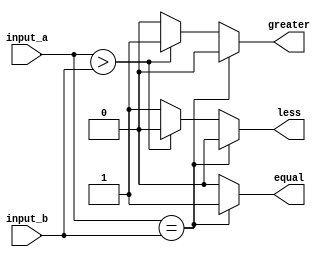
module parameterized_comparator #(
    parameter N = 8  // Default width is 8 bits
)(
    input  [N-1:0] input_a,  // N-bit input A
    input  [N-1:0] input_b,  // N-bit input B
    output reg equal,         // Output signal for equality
    output reg greater,       // Output signal for greater than
    output reg less           // Output signal for less than
);

always @* begin
    // Default values
    equal = 1'b0;
    greater = 1'b0;
    less = 1'b0;

    // Compare the inputs
    if (input_a == input_b) begin
        equal = 1'b1;
    end else if (input_a > input_b) begin
        greater = 1'b1;
    end else begin
        less = 1'b1;
    end
end

endmodule